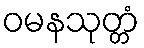
ဝမနသုတ္တံ